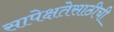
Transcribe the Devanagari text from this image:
सापेक्षतेसाठीची